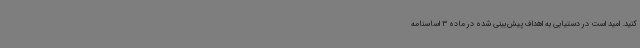
کنید. امید است در دستیابی به اهداف پیش‌بینی شده در ماده 3 اساسنامه